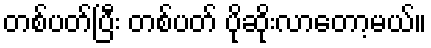
တစ်ပတ်ပြီး တစ်ပတ် ပိုဆိုးလာတော့မယ်။